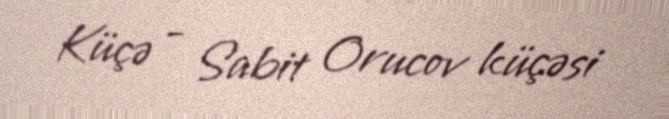
Küçə - Sabit Orucov küçəsi